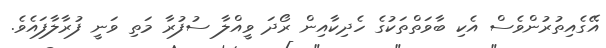
އޭގެއިތުރުންވެސް އެކި ބާވަތްތަކުގެ ހެދިކާއިން ރޯދަ ވީއްލާ ސުފުރާ މަތި ވަނީ ފުރާލާފައެވެ.